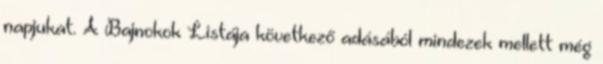
napjukat. A Bajnokok Listája következő adásából mindezek mellett még